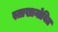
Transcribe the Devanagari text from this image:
स्ताखानोवित